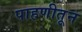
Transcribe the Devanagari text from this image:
पाहणीतून